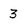
Character: 3